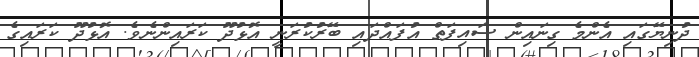
ދުނިޔޭގައި އެންމެ ގިނައިން ސައިފަތް އުފައްދައި ބޭރުކުރަނީ އޮޅުދޫ ކަރައިންނެވެ. އޮޅުދޫ ކަރައިގެ